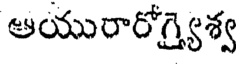
ఆయురారోగ్ర్యైశ్వ